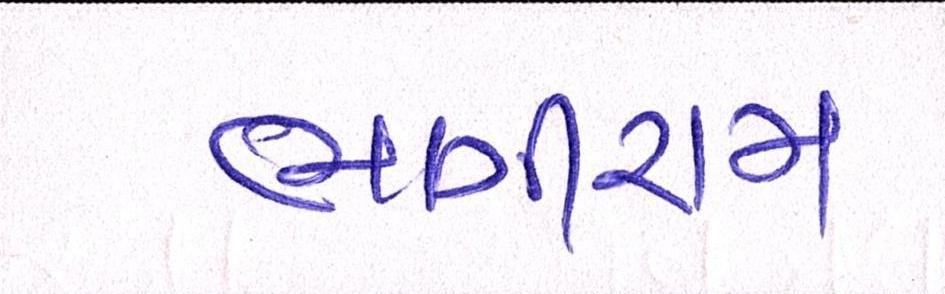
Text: ભાગીરામ